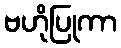
ဗဟိုပြုကာ